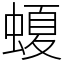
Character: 𧏡